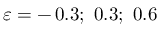
\varepsilon = - \, 0 . 3 ; \, \, 0 . 3 ; \, \, 0 . 6